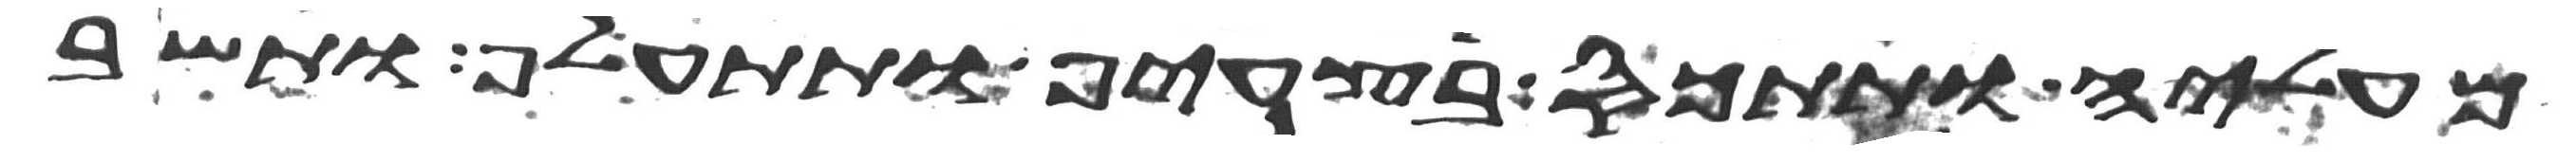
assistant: מעליה ותתכס בצעיף ותתעלף ותשב